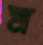
ম